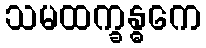
သမထက္ခန္ဓကေ